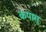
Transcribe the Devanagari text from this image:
कपासु